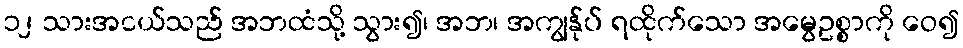
၁၂ သားအငယ်သည် အဘထံသို့ သွား၍၊ အဘ၊ အကျွန်ုပ် ရထိုက်သော အမွေဥစ္စာကို ဝေ၍